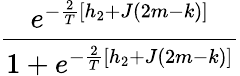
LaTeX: \frac{e^{-\frac{2}{T}[h_{2}+J(2m-k)]}}{1+e^{-\frac{2}{T}[h_{2}+J(2m-k)]}}